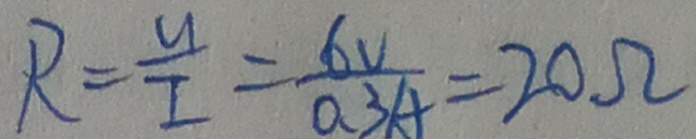
R = \frac { u } { I } = \frac { 6 V } { 0 . 3 A } = 2 0 \Omega